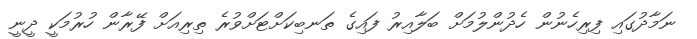
ނަމާދުގައި ފިރިހެނުން ހެދުންލުމަށް ބަލާއިރު ފައިގެ ތަނބިކަށްޓަށްވުރެ ތިރިއަށް ފޭރާން ހުރުމަކީ ދީނީ